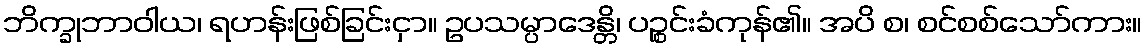
ဘိက္ခုဘာဝါယ၊ ရဟန်းဖြစ်ခြင်းငှာ။ ဥပသမ္ပာဒေန္တိ၊ ပဉ္စင်းခံကုန်၏။ အပိ စ၊ စင်စစ်သော်ကား။